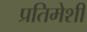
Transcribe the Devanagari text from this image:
प्रतिमेशी